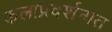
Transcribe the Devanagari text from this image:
कलाप्रदर्शनात